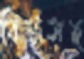
বিফসহ